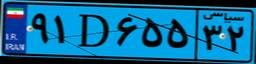
۹۱D۶۵۵۳۲